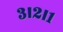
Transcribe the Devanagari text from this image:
३।२।१